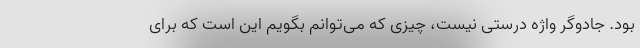
بود. جادوگر واژه درستی نیست، چیزی که می‌توانم بگویم این است که برای